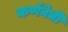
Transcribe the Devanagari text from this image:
कर्णवेधी